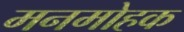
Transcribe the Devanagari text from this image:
मनमोहक